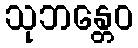
သုဘန္တေဝ